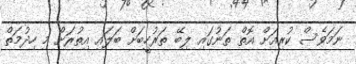
ނަމަވެސް ކުރިއަށް އޮތް ތަނުގައި ލިބޭ ތަރުހީބަށް ބަލައި އިތުރަށް މި ހިދުމަތް